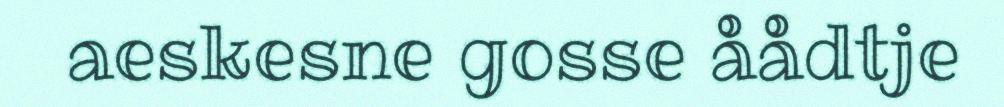
aeskesne gosse åådtje